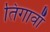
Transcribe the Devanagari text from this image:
तिगावाँ